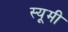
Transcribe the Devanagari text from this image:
स्यूमी